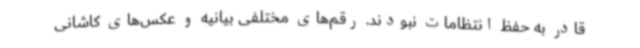
قادر به حفظ انتظامات نبودند. رقم‌های مختلفی بیانیه و عکس‌های کاشانی